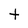
Character: t